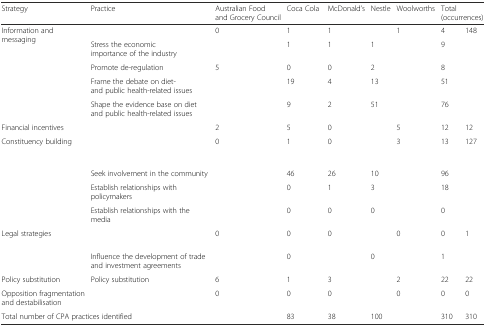
<table><thead><tr><td><b>Strategy</b></td><td><b>Practice</b></td><td><b>Australian Food and Grocery Council</b></td><td><b>Coca Cola</b></td><td><b>McDonald’s</b></td><td><b>Nestle</b></td><td><b>Woolworths</b></td><td colspan="2"><b>Total (occurrences)</b></td></tr></thead><tbody><tr><td rowspan="5">Information and messaging</td><td>[EMPTY_CELL]</td><td>0</td><td>1</td><td>1</td><td>[EMPTY_CELL]</td><td>1</td><td>4</td><td rowspan="5">148</td></tr><tr><td>Stress the economic importance of the industry</td><td>[EMPTY_CELL]</td><td>1</td><td>1</td><td>1</td><td>[EMPTY_CELL]</td><td>9</td></tr><tr><td>Promote de-regulation</td><td>5</td><td>0</td><td>0</td><td>2</td><td>[EMPTY_CELL]</td><td>8</td></tr><tr><td>Frame the debate on diet- and public health-related issues</td><td>[EMPTY_CELL]</td><td>19</td><td>4</td><td>13</td><td>[EMPTY_CELL]</td><td>51</td></tr><tr><td>Shape the evidence base on diet and public health-related issues</td><td>[EMPTY_CELL]</td><td>9</td><td>2</td><td>51</td><td>[EMPTY_CELL]</td><td>76</td></tr><tr><td>Financial incentives</td><td>[EMPTY_CELL]</td><td>2</td><td>5</td><td>0</td><td>[EMPTY_CELL]</td><td>5</td><td>12</td><td>12</td></tr><tr><td rowspan="4">Constituency building</td><td>[EMPTY_CELL]</td><td>0</td><td>1</td><td>0</td><td>[EMPTY_CELL]</td><td>3</td><td>13</td><td rowspan="4">127</td></tr><tr><td>Seek involvement in the community</td><td>[EMPTY_CELL]</td><td>46</td><td>26</td><td>10</td><td>[EMPTY_CELL]</td><td>96</td></tr><tr><td>Establish relationships with policymakers</td><td>[EMPTY_CELL]</td><td>0</td><td>1</td><td>3</td><td>[EMPTY_CELL]</td><td>18</td></tr><tr><td>Establish relationships with the media</td><td>[EMPTY_CELL]</td><td>0</td><td>0</td><td>0</td><td>[EMPTY_CELL]</td><td>0</td></tr><tr><td rowspan="2">Legal strategies</td><td>[EMPTY_CELL]</td><td>0</td><td>0</td><td>0</td><td>[EMPTY_CELL]</td><td>0</td><td>0</td><td rowspan="2">1</td></tr><tr><td>Influence the development of trade and investment agreements</td><td>[EMPTY_CELL]</td><td>0</td><td>[EMPTY_CELL]</td><td>0</td><td>[EMPTY_CELL]</td><td>1</td></tr><tr><td>Policy substitution</td><td>Policy substitution</td><td>6</td><td>1</td><td>3</td><td>[EMPTY_CELL]</td><td>2</td><td>22</td><td>22</td></tr><tr><td>Opposition fragmentation and destabilisation</td><td>[EMPTY_CELL]</td><td>0</td><td>0</td><td>0</td><td>[EMPTY_CELL]</td><td>0</td><td>0</td><td>0</td></tr><tr><td colspan="2">Total number of CPA practices identified</td><td>[EMPTY_CELL]</td><td>83</td><td>38</td><td>100</td><td>[EMPTY_CELL]</td><td>310</td><td>310</td></tr></tbody></table>